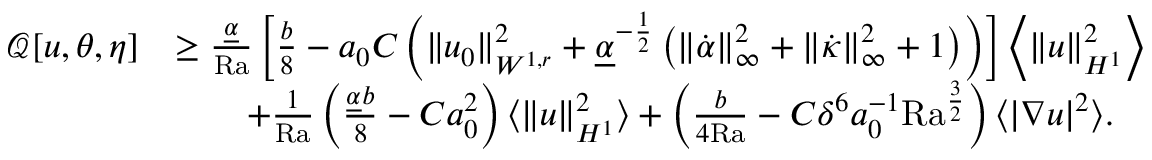
\begin{array} { r l } { \mathcal { Q } [ u , \theta , \eta ] } & { \geq \frac { \underline { { \alpha } } } { \mathrm { { R a } } } \left[ \frac { b } { 8 } - a _ { 0 } C \left( \| u _ { 0 } \| _ { W ^ { 1 , r } } ^ { 2 } + \underline { { \alpha } } ^ { - \frac { 1 } { 2 } } \left( \| \dot { \alpha } \| _ { \infty } ^ { 2 } + \| \dot { \kappa } \| _ { \infty } ^ { 2 } + 1 \right) \right) \right] \left\langle \| u \| _ { H ^ { 1 } } ^ { 2 } \right\rangle } \\ & { \qquad + \frac { 1 } { { \mathrm { R a } } } \left( \frac { \underline { { \alpha } } b } { 8 } - C a _ { 0 } ^ { 2 } \right) \langle \| u \| _ { H ^ { 1 } } ^ { 2 } \rangle + \left( \frac { b } { 4 \mathrm { { R a } } } - C \delta ^ { 6 } a _ { 0 } ^ { - 1 } { \mathrm { R a } } ^ { \frac { 3 } { 2 } } \right) \langle | \nabla u | ^ { 2 } \rangle . } \end{array}